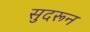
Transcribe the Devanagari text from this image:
सुदरून